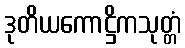
ဒုတိယကောဋ္ဌိကသုတ္တံ